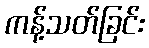
ကန့်သတ်ခြင်း